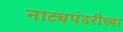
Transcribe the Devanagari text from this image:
नाट्यपंढरीच्या